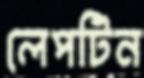
লেপটিন